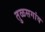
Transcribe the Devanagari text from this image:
तुळसगांव